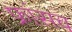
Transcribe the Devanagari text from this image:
फ्रांसच